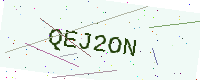
Text: QEJ2ON